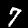
Digit: 7